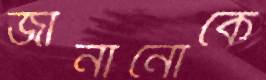
জানানোকে